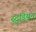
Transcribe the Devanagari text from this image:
स्टुडियन